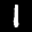
Digit: 1